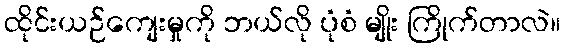
ထိုင်းယဉ်ကျေးမှုကို ဘယ်လို ပုံစံ မျိုး ကြိုက်တာလဲ။